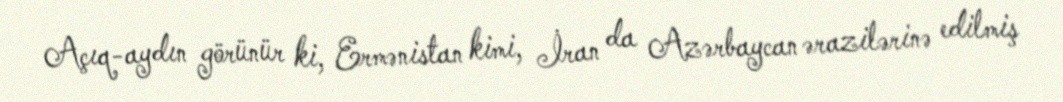
Açıq-aydın görünür ki, Ermənistan kimi, İran da Azərbaycan ərazilərinə edilmiş